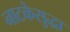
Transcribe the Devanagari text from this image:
नाटकेसुद्धा